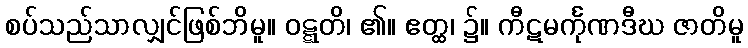
စပ်သည်သာလျှင်ဖြစ်ဘိမူ။ ဝဋ္ဋတိ၊ ၏။ ဧတ္ထ၊ ၌။ ကီဋမင်္ကုဏဒီဃ ဇာတိမူ